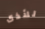
للأذى